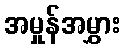
အမှုန်အမွှား